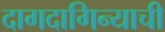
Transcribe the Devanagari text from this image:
दागदागिन्याची